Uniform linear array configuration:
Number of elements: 32
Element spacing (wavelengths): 0.5
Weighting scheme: hamming
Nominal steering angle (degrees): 30
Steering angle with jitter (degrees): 28.732
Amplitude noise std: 0.05
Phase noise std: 0.05

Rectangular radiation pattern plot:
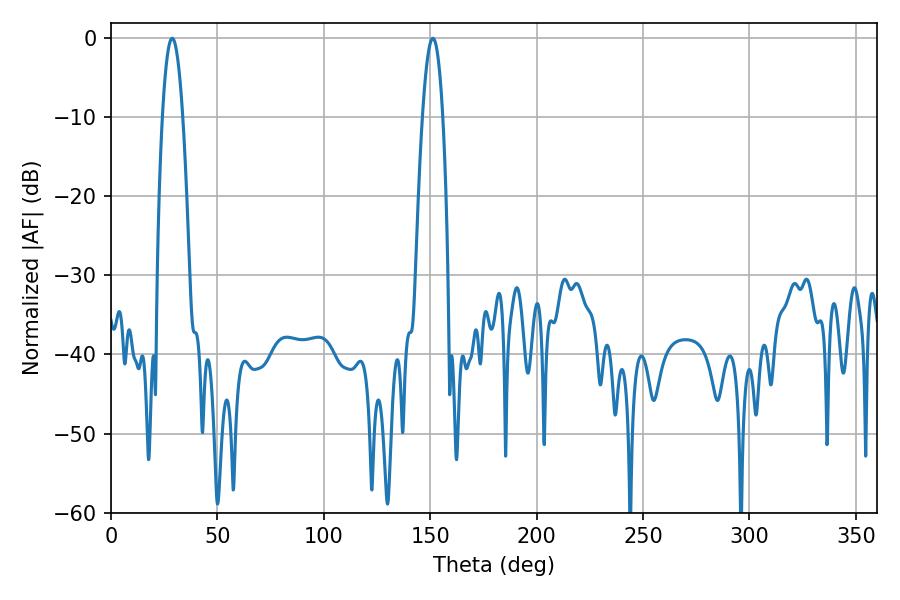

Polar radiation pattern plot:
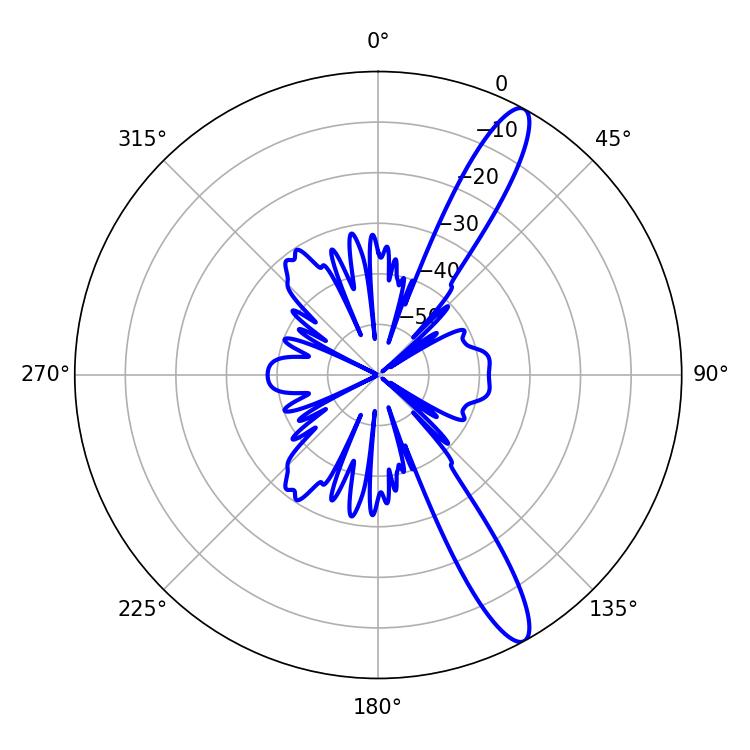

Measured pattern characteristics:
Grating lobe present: FALSE
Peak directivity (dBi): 13.205
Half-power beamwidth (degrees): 5.4
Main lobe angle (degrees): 28.8